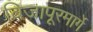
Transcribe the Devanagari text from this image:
विजापूरमार्गे